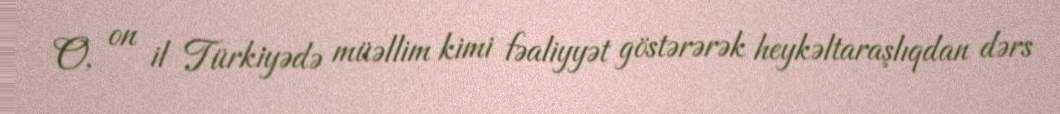
O, on il Türkiyədə müəllim kimi fəaliyyət göstərərək heykəltaraşlıqdan dərs